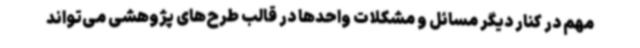
مهم در کنار دیگر مسائل و مشکلات واحدها در قالب طرح‌های پژوهشی می‌تواند